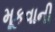
મૂકવાની